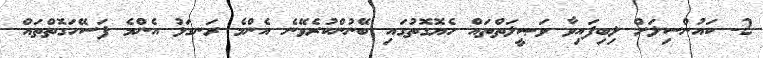
2- ކައުންސިލަށް ލިބިފައިވާ ވަޞީލަތްތައް ހެޔޮގޮތުގައި ބޭނުންކުރެވޭނެ އެންމެ ރަނގަޅު އެންމެ ފަސޭހަގޮތްތައް